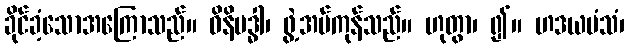
ခိုင်ခံ့သောအကြောသည်။ ဝိနိဗဒ္ဓါ၊ ဖွဲ့အပ်ကုန်သည်။ ဟုတွာ၊ ၍။ ဟဒယမံသံ၊